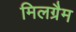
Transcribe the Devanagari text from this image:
मिलग्रैम